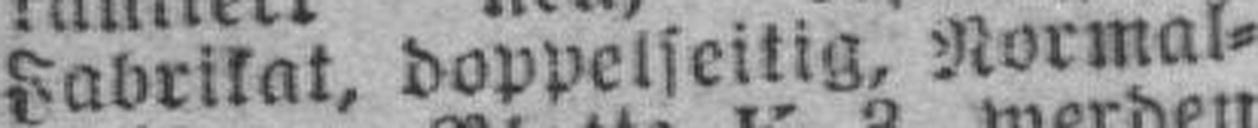
Fabrikat, doppelseitig, Normal¬